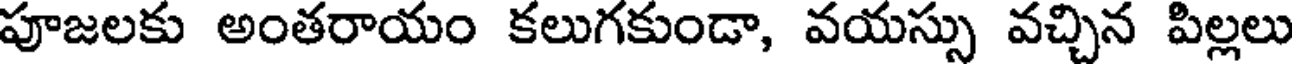
పూజలకు అంతరాయం కలుగకుండా, వయస్సు వచ్చిన పిల్లలు